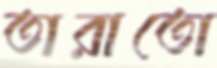
তারাতো